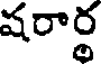
షరార్థ